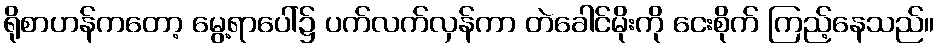
ရိုစာဟန်ကတော့ မွေ့ရာပေါ်၌ ပက်လက်လှန်ကာ တဲခေါင်မိုးကို ငေးစိုက် ကြည့်နေသည်။